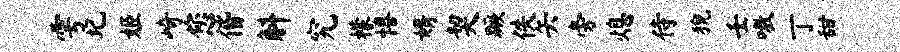
雩圮姬崎您偕斛究檬僖婿契蹶佚矢旁熄侍猊壬嗷丁甜